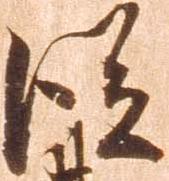
従